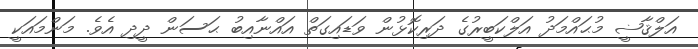
އަލްޤާޟީ މުޙައްމަދު އަލްކަބީރުގެ ދަރިކޮޅުން ވަޑައިގަތް އައްނާއިބު ޙަސަން ދީދި އެވެ. މަންމައަކީ